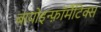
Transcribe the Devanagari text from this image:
बायोइन्फ़ॉर्मैटिक्स